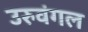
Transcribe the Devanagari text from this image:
उरुवंगल